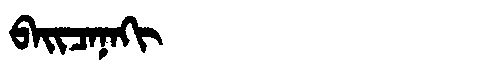
Manchu: ᠪᠠᡳᠴᠠᠨᠠᡴᡳ
Romanization: BAICANAKI